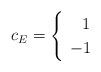
LaTeX: \begin{align*} c_E= \begin{cases} \begin{array}{ll} \,\,\,\,1 & \\ -1 & \end{array} \end{cases} \end{align*}